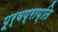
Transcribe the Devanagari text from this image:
पूर्वप्राप्ति